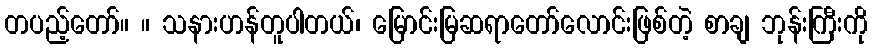
တပည့်တော်။ ။ သနားဟန်တူပါတယ်၊ မြောင်းမြဆရာတော်လောင်းဖြစ်တဲ့ စာချ ဘုန်းကြီးကို